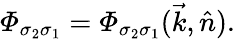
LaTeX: {\mit\Phi}_{\sigma_{2}\sigma_{1}}={\mit\Phi}_{\sigma_{2}\sigma_{1}}(\vec{k},\hat{n}).